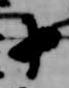
十